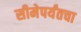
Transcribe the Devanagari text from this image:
सीमेपर्यंतचा